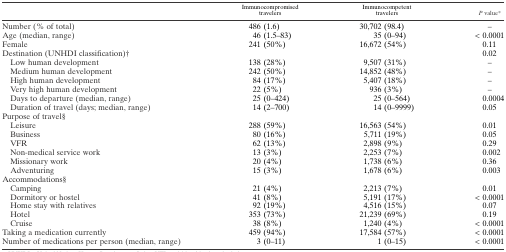
|  | Immunocompromised travelers | Immunocompetent travelers | P value* |
 | --- | --- | --- | --- |
 | Number (% of total) | 486 (1.6) | 30,702 (98.4) | – |
 | Age (median, range) | 46 (1.5–83) | 35 (0–94) | < 0.0001 |
 | Female | 241 (50%) | 16,672 (54%) | 0.11 |
 | Destination (UNHDI classification)† |  |  | 0.02 |
 | Low human development | 138 (28%) | 9,507 (31%) | – |
 | Medium human development | 242 (50%) | 14,852 (48%) | – |
 | High human development | 84 (17%) | 5,407 (18%) | – |
 | Very high human development | 22 (5%) | 936 (3%) | – |
 | Days to departure (median, range) | 25 (0–424) | 25 (0–564) | 0.0004 |
 | Duration of travel (days; median, range) | 14 (2–700) | 14 (0–9999) | 0.05 |
 | <COLSPAN=4> Purpose of travel§ |
 | Leisure | 288 (59%) | 16,563 (54%) | 0.01 |
 | Business | 80 (16%) | 5,711 (19%) | 0.05 |
 | VFR | 62 (13%) | 2,898 (9%) | 0.29 |
 | Non-medical service work | 13 (3%) | 2,253 (7%) | 0.002 |
 | Missionary work | 20 (4%) | 1,738 (6%) | 0.36 |
 | Adventuring | 15 (3%) | 1,678 (6%) | 0.003 |
 | <COLSPAN=4> Accommodations§ |
 | Camping | 21 (4%) | 2,213 (7%) | 0.01 |
 | Dormitory or hostel | 41 (8%) | 5,191 (17%) | < 0.0001 |
 | Home stay with relatives | 92 (19%) | 4,516 (15%) | 0.07 |
 | Hotel | 353 (73%) | 21,239 (69%) | 0.19 |
 | Cruise | 38 (8%) | 1,240 (4%) | < 0.0001 |
 | Taking a medication currently | 459 (94%) | 17,584 (57%) | < 0.0001 |
 | Number of medications per person (median, range) | 3 (0–11) | 1 (0–15) | < 0.0001 |